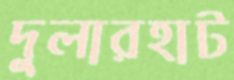
দুলারহাট